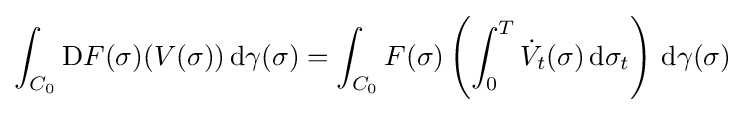
\int _{C_{0}}\mathrm {D} F(\sigma )(V(\sigma ))\,\mathrm {d} \gamma (\sigma )=\int _{C_{0}}F(\sigma )\left(\int _{0}^{T}{\dot {V}}_{t}(\sigma )\,\mathrm {d} \sigma _{t}\right)\,\mathrm {d} \gamma (\sigma )